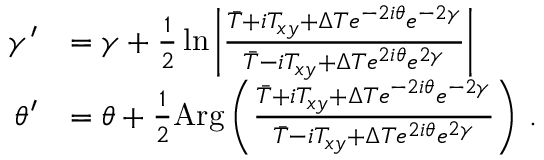
\begin{array} { r l } { \gamma ^ { \prime } } & { = \gamma + \frac { 1 } { 2 } \ln \left\vert \frac { \bar { T } + i T _ { x y } + \Delta T e ^ { - 2 i \theta } e ^ { - 2 \gamma } } { \bar { T } - i T _ { x y } + \Delta T e ^ { 2 i \theta } e ^ { 2 \gamma } } \right\vert } \\ { \theta ^ { \prime } } & { = \theta + \frac { 1 } { 2 } \mathrm { A r g } \left( \frac { \bar { T } + i T _ { x y } + \Delta T e ^ { - 2 i \theta } e ^ { - 2 \gamma } } { \bar { T } - i T _ { x y } + \Delta T e ^ { 2 i \theta } e ^ { 2 \gamma } } \right) \, . } \end{array}